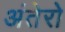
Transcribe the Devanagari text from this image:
अंतेरो